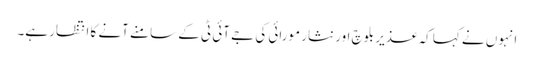
انہوں نے کہا کہ عذیر بلوچ اور نثار مورائی کی جے آئی ٹی کے سامنے آنے کا انتظار ہے۔